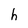
Character: h